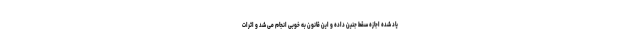
یاد شده اجازه سقط جنین داده و این قانون به خوبی انجام می شد و اثرات